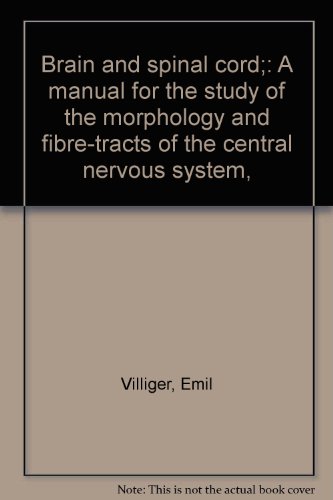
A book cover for Brain and spinal cord;: A manual for the study of the morphology and fibre-tracts of the central nervous system,; Emil Villiger; Health, Fitness & Dieting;